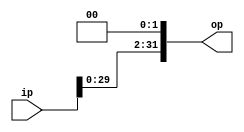
module Sll2(ip,op);
input [31:0] ip;
output [31:0] op;
assign op = ip << 2;
endmodule